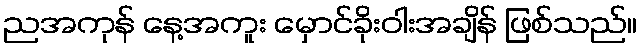
ညအကုန် နေ့အကူး မှောင်ခိုးဝါးအချိန် ဖြစ်သည်။